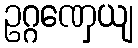
ဥဂ္ဂဏှေယျ